Indian Medical Review
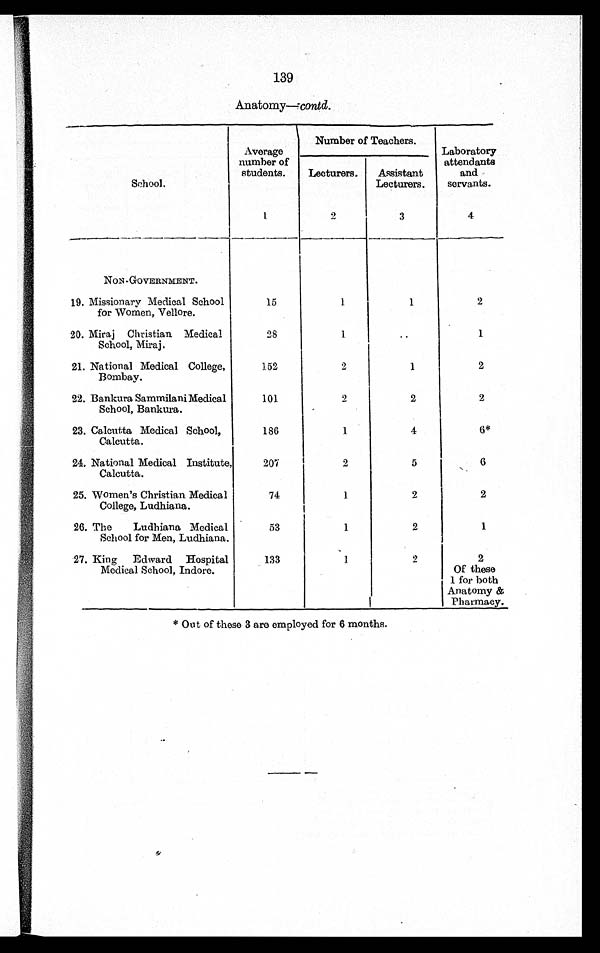
139
Anatomy—contd.
School.
Average
number of
students.
Number of Teachers.
Laboratory
attendants
and
servants.
Lecturers.
Assistant
Lecturers.
1
2
3
4
NON-GOVERNMENT.
19. Missionary Medical School
for Women, Vellore.
15
1
1
2
20. Miraj Christian Medical
School, Miraj.
28
1
..
1
21. National Medical College,
Bombay.
152
2
1
2
22. Bankura Sammilani Medical
School, Bankura.
101
2
2
2
23. Calcutta Medical School,
Calcutta.
186
1
4
6*
24. National Medical Institute,
Calcutta.
207
2
5
6
25. Women's Christian Medical
College, Ludhiana.
74
1
2
2
26. The Ludhiana Medical
School for Men, Ludhiana.
53
1
2
1
27. King Edward Hospital
Medical School, Indore.
133
1
2
2
Of these
1 for both
Anatomy &
Pharmacy.
* Out of these 3 are employed for 6 months.